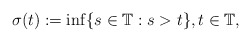
\begin{align*} \sigma(t):=\inf\{s\in \mathbb{T} : s>t\}, t\in\mathbb{T},\end{align*}